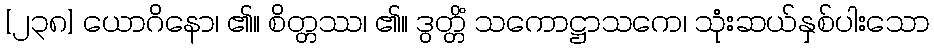
[၂၃၈] ယောဂိနော၊ ၏။ စိတ္တဿ၊ ၏။ ဒွတ္တိံ သကောဋ္ဌာသကေ၊ သုံးဆယ်နှစ်ပါးသော